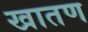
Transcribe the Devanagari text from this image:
खातण